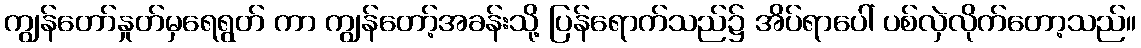
ကျွန်တော်နှုတ်မှရေရွတ် ကာ ကျွန်တော့်အခန်းသို့ ပြန်ရောက်သည်၌ အိပ်ရာပေါ် ပစ်လှဲလိုက်တော့သည်။